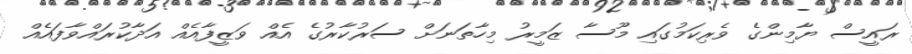
ރައީސް ޔާމިންގެ ވެރިކަމުގައި މޫސާ ޒަމީރު މިހާތަނަށް ސަރުކާރުގެ އެއް ވަަޒީފާއެއް އަދާކުރައްވާފައެއް